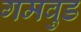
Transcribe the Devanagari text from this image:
गमवुड